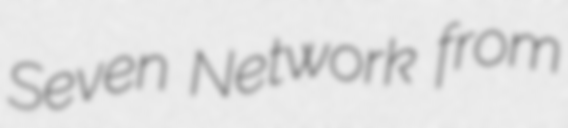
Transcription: Seven Network from